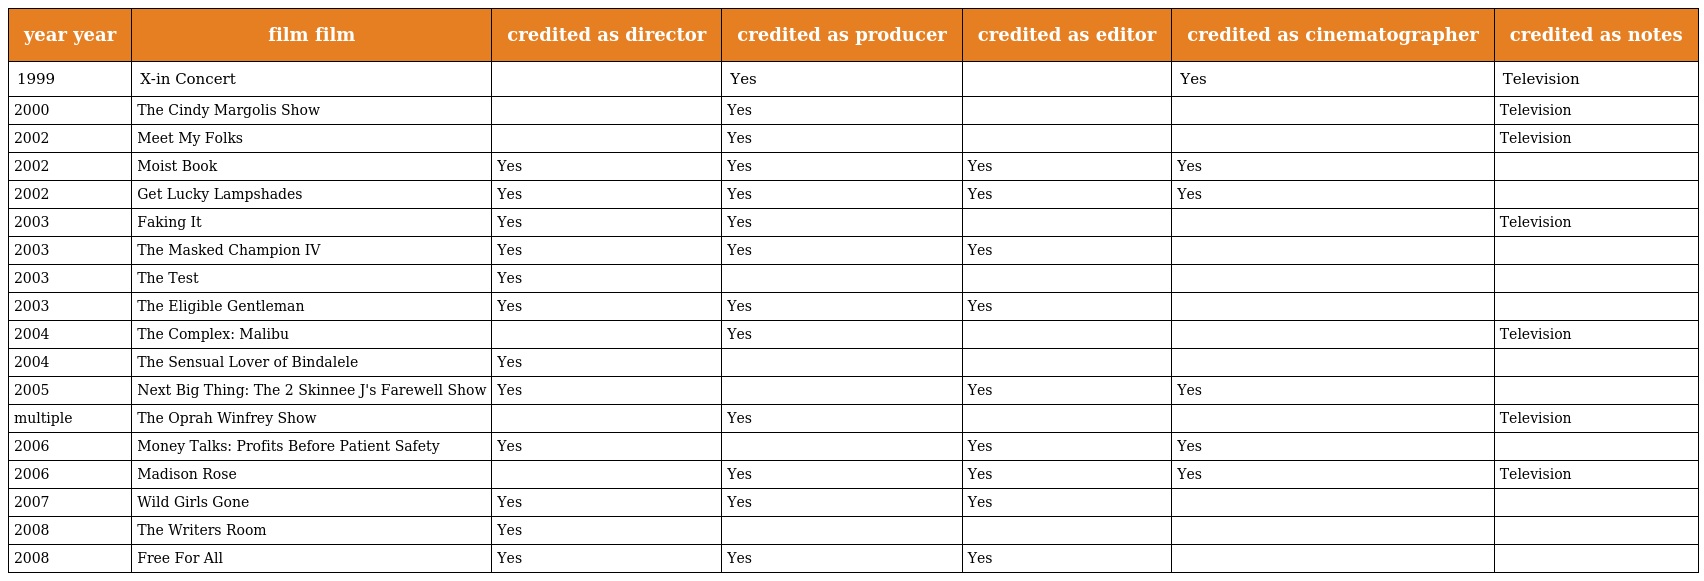
| year year | film film | credited as director | credited as producer | credited as editor | credited as cinematographer | credited as notes |
 | --- | --- | --- | --- | --- | --- | --- |
 | 1999 | X-in Concert |  | Yes |  | Yes | Television |
 | 2000 | The Cindy Margolis Show |  | Yes |  |  | Television |
 | 2002 | Meet My Folks |  | Yes |  |  | Television |
 | 2002 | Moist Book | Yes | Yes | Yes | Yes |  |
 | 2002 | Get Lucky Lampshades | Yes | Yes | Yes | Yes |  |
 | 2003 | Faking It | Yes | Yes |  |  | Television |
 | 2003 | The Masked Champion IV | Yes | Yes | Yes |  |  |
 | 2003 | The Test | Yes |  |  |  |  |
 | 2003 | The Eligible Gentleman | Yes | Yes | Yes |  |  |
 | 2004 | The Complex: Malibu |  | Yes |  |  | Television |
 | 2004 | The Sensual Lover of Bindalele | Yes |  |  |  |  |
 | 2005 | Next Big Thing: The 2 Skinnee J's Farewell Show | Yes |  | Yes | Yes |  |
 | multiple | The Oprah Winfrey Show |  | Yes |  |  | Television |
 | 2006 | Money Talks: Profits Before Patient Safety | Yes |  | Yes | Yes |  |
 | 2006 | Madison Rose |  | Yes | Yes | Yes | Television |
 | 2007 | Wild Girls Gone | Yes | Yes | Yes |  |  |
 | 2008 | The Writers Room | Yes |  |  |  |  |
 | 2008 | Free For All | Yes | Yes | Yes |  |  |